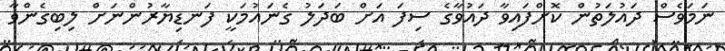
ނަމަވެސް ދައުލަތުން ކޮށްފައިވާ ދައުވާގެ ސިފަ އަށް ބަދަލު ގެނައުމަކީ ފަނޑިޔާރުންނަށް ލިބިގެންވާ